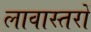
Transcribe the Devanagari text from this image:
लावास्तरों